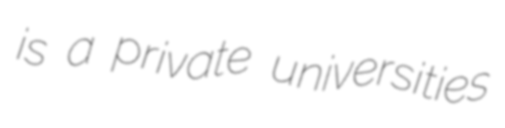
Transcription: is a private universities